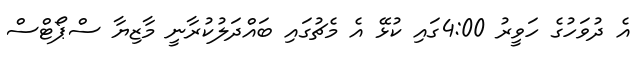
އެ ދުވަހުގެ ހަވީރު 4:00ގައި ކުޅޭ އެ މެޗުގައި ބައްދަލުކުރާނީ މާޒިޔާ ސްޕޯޓްސް